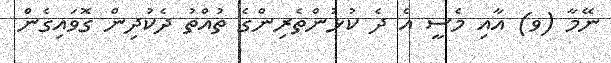
ނޭމާ (ވ) އާއި މެސީ އެ ދެ ކުޅުންތެރިންގެ ތުއްތު ދެކުދިން ގޮވައިގެން